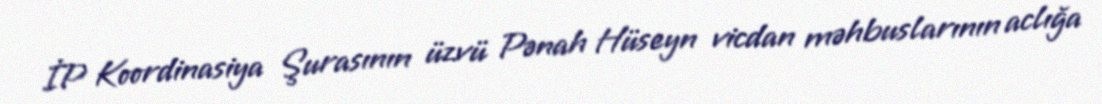
İP Koordinasiya Şurasının üzvü Pənah Hüseyn vicdan məhbuslarının aclığa